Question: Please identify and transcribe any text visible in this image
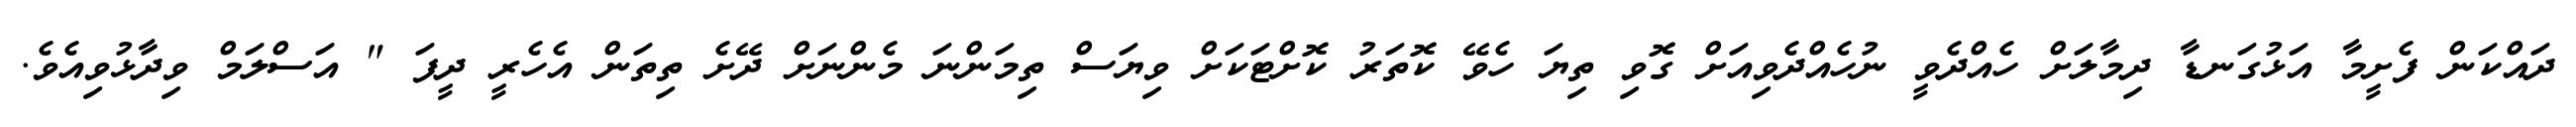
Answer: ދައްކަން ފެށީމާ އަޅުގަނޑާ ދިމާލަށް ހެއްދެވީ ނުހެއްދެވިއަށް ގޮވި ތިޔަ ހެވޭ ކޮތަރު ކޮށްޓަކަށް ވިޔަސް ތިމަންނަ މެންނަށް ދޭށެ ތިތަން އެހެރީ ދީފަ " އަސްލަމް ވިދާޅުވިއެވެ.